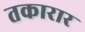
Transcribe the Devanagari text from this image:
तकारार